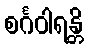
စင်္ဂဝါရန္တိ